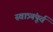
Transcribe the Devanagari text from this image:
स्वात्र्यंपूर्व